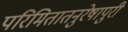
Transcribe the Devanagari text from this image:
परिमितातनुरेषापुरी